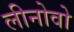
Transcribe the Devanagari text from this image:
लीनोवो